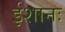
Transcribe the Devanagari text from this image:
ईशानः